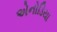
એનોડિયા